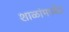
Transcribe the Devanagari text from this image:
शाळांमध्ये७